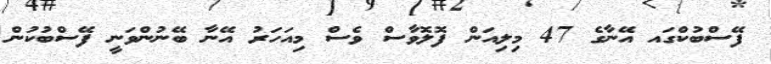
ފޭސްބުކްގައ އޭނާގެ 47 މިލިއަން ފޮލޮވާސް ވެސް މިއަހަރު އޭނާ ބޭނުންވަނީ ފޭސްބުކުން